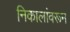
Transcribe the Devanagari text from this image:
निकालांवरून